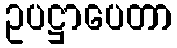
ဥပဋ္ဌာပေတာ